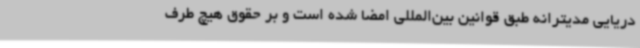
دریایی مدیترانه طبق قوانین بین‌المللی امضا شده است و بر حقوق هیچ طرف